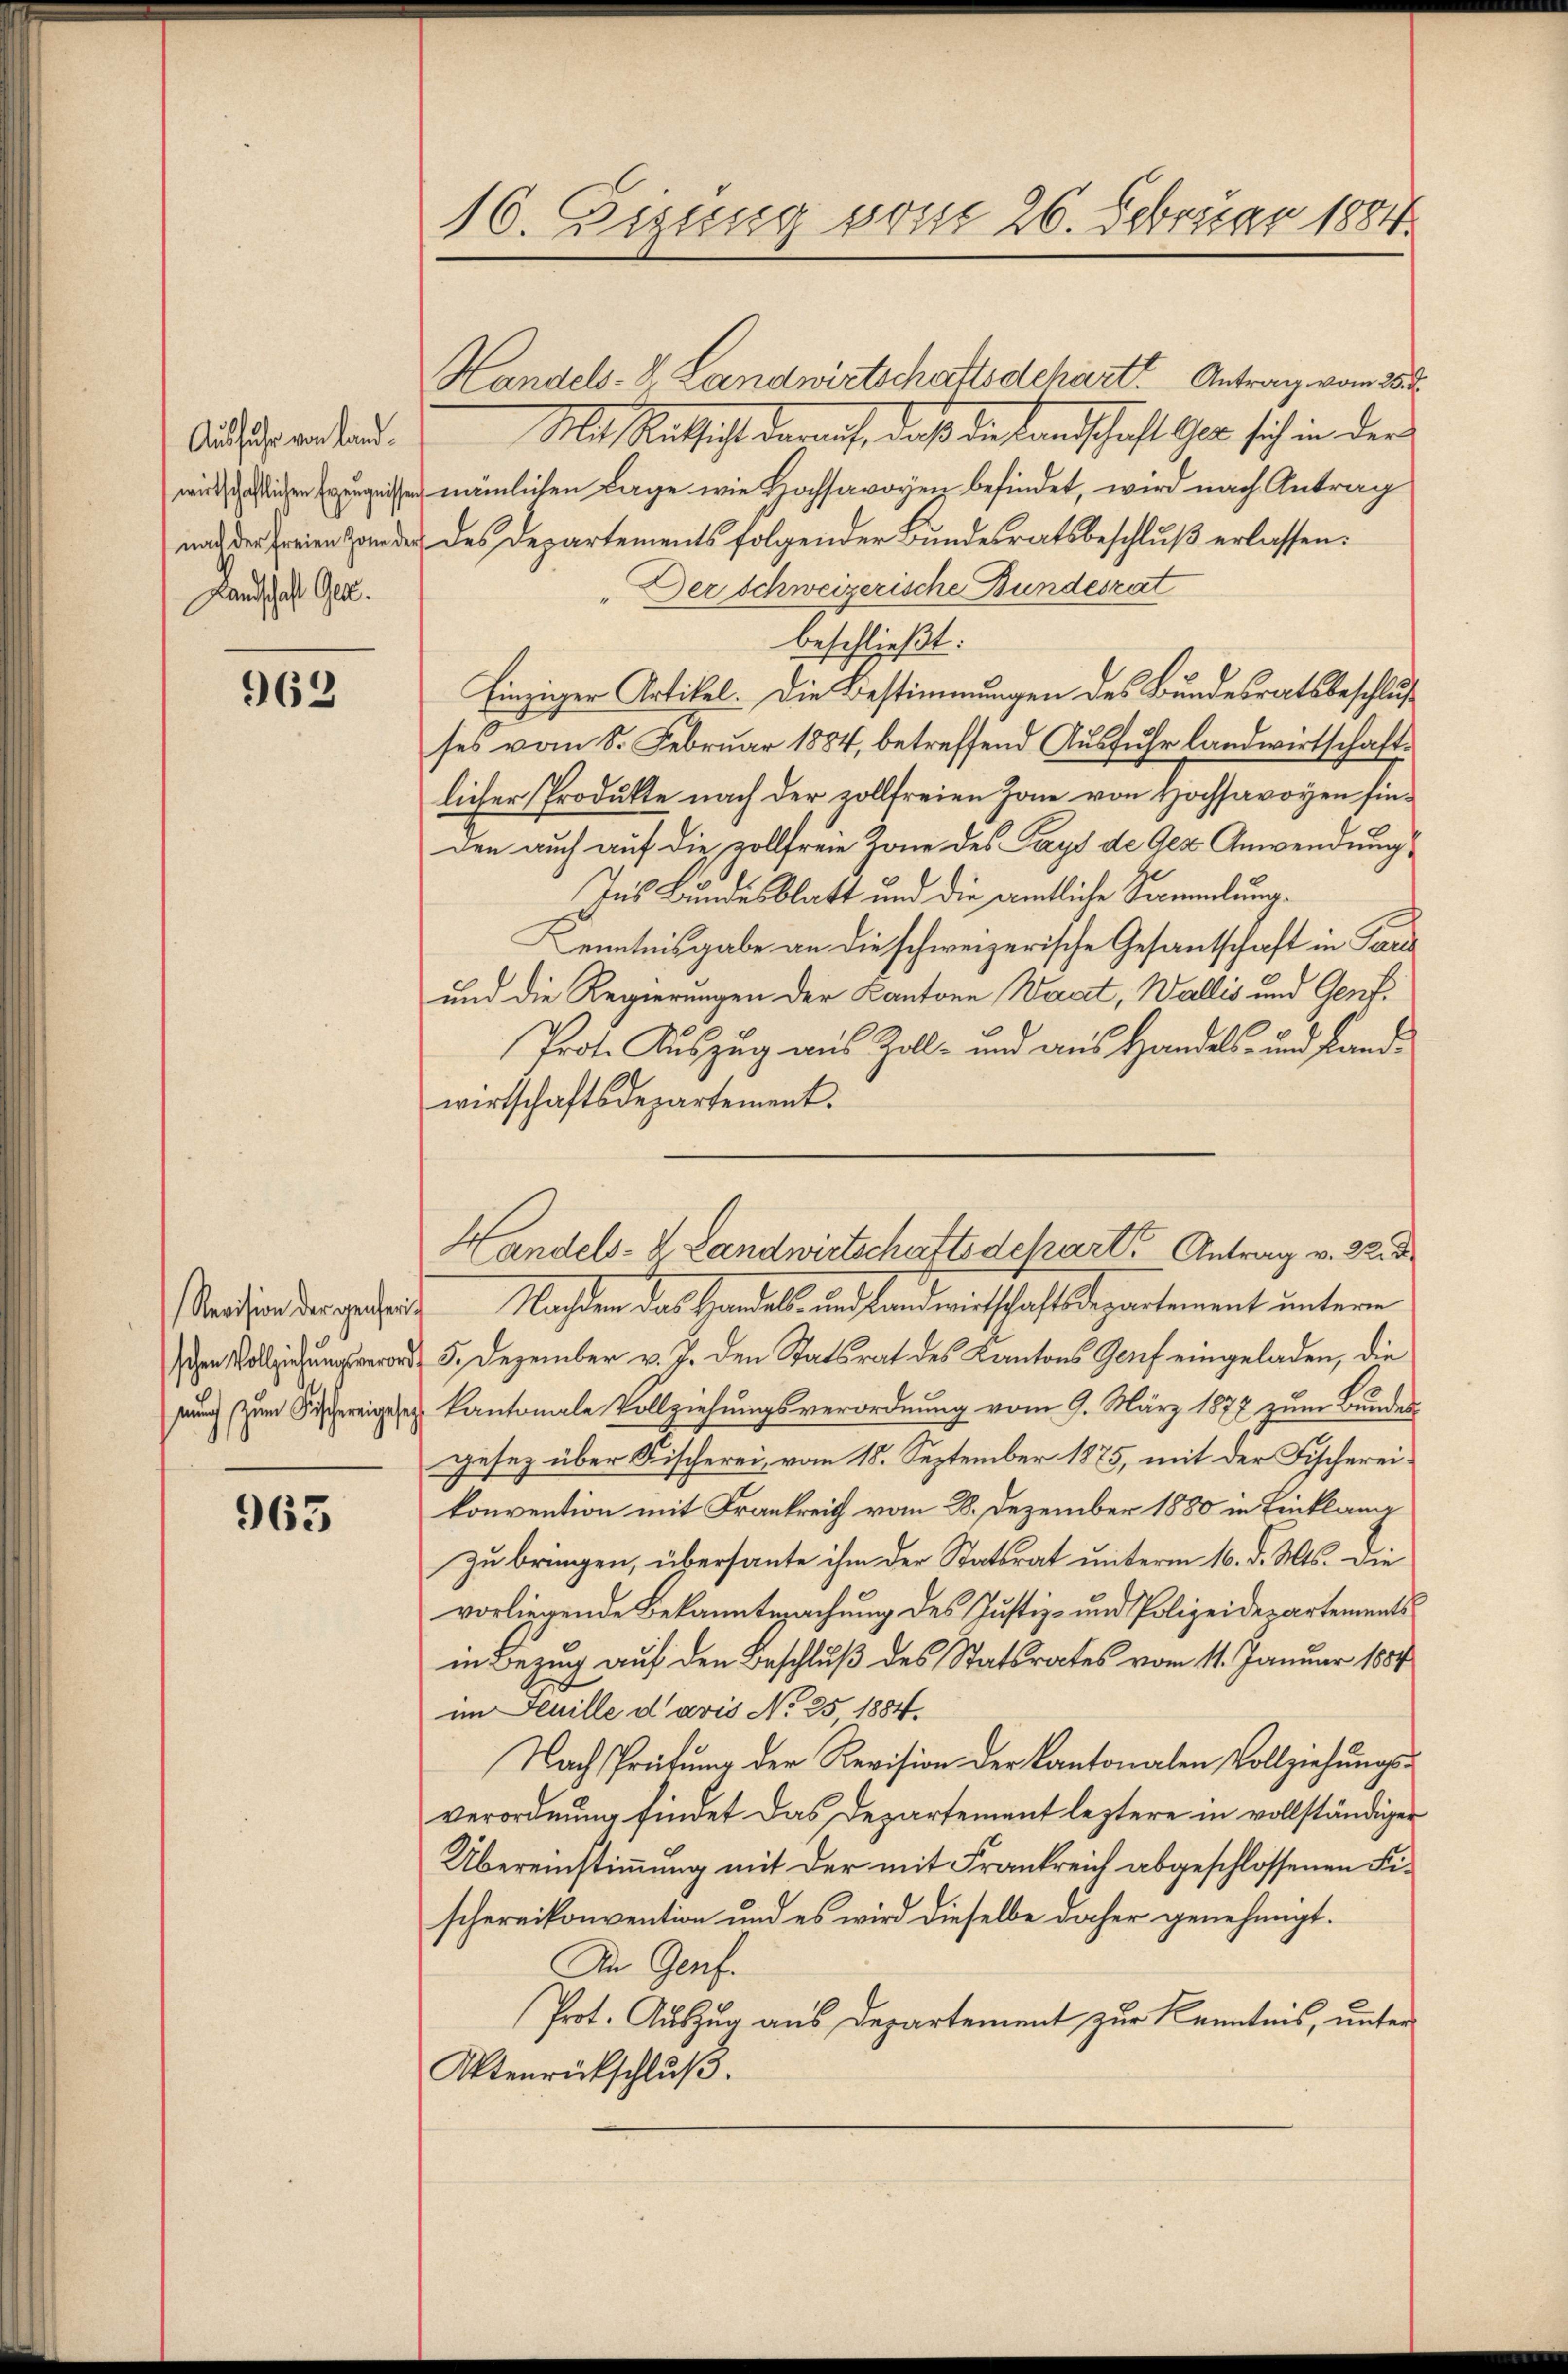
Ausfuhr von Landwirtschaftlichen Erzeugnissen
nach der Freien Zone der
Handschaft Ges.

962

Revision der Genferi
schen Vollziehungsverord
such zum Fischereingese

963

16. Diszig vom 26. Februar 1884.

Handels- & Landwirtschaftsdchart. Antrag vom 25.
Mit Mathicht danach, daß diesenschaft ihr sich in der
nämlichen Lage wie Hochsavoyen befindet, wird nach Antrag
 des Departements folgender Bŭndesratsbeschlŭβ erlassen.
Der Schweizerische Bundesrat
beschließt:
Einziger Artikel. Die Bestimmungen des Bundesratsbeschlus
ses vom 8. Februar 1884, betreffend Ausfuhr landwirtschafte
licher Produkte nach der vollfreien Zone von Hochsavoyen sinden auch auf die zollfreie Zone des Pays de Gez Anwendung
Ins Bundesblatt und die amtliche Sammlung¬
Kenntnisgabe an die schweizerische Gesantschaft in Para
und die Regierungen der Kantone Waat, Wallis und Genf¬
Prot. Auszug aus Zoll- und aus Handels- und Landwirtschaftsdepartement.
I Nasen das Hardele in Landwirtschaftsdepartement unterm
5. Dezember v. J. den Statsrat des Kantons Genf eingeladen, die
kantonale Vollziehungsverordnung vom 9. März 1877 zum Bundes
gesez über Fischerei, vom 18. September 1875, mit der Fischereikonvention mit Frankreich vom 28. Dezember 1880 in Einklang
zu bringen, übersante ihm der Statsrat unterm 16. d. Mts. die
vorliegende Bekanntmachung des Justiz- und Polizeidepartementsin Bezug auf den Beschluß des Statsrates vom 11. Januar 1884
im Feuille d avis No 25 1884.
Nach Prüfung der Revision der Kantonalen Vollziehungsverordnung findet das Departement leztere in vollständiger
Übereinstimmung mit der mit Frankreich abgeschlossenen Fischereikonvention und es wird dieselbe daher genehmigt.
In Genf.
Prot. Auszug aus Departement zur Kenntnis, unter
Aktenrückschluß.

Handels-V. Landwirtschaftsdchart Antrag v. 22. d